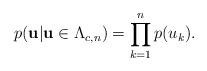
LaTeX: \begin{align*}p(\mathbf u| \mathbf u \in \Lambda_{c,n}) = \prod_{k=1}^n p(u_k).\end{align*}